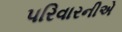
પરિવારનીએ